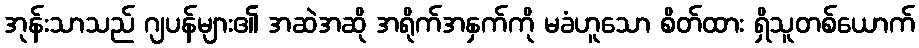
အုန်းသာသည် ဂျပန်များ၏ အဆဲအဆို အရိုက်အနှက်ကို မခံဟူသော စိတ်ထား ရှိသူတစ်ယောက်